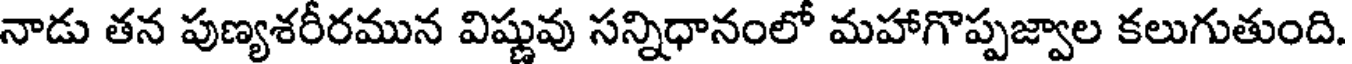
నాడు తన పుణ్యశరీరమున విష్ణువు సన్నిధానంలో మహాగొప్పజ్వాల కలుగుతుంది